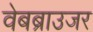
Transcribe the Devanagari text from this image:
वेबब्राउजर